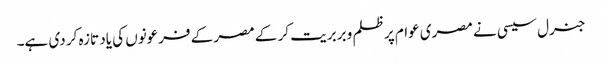
جنرل سیسی نے مصری عوام پر ظلم و بربریت کر کے مصر کے فرعونوں کی یاد تازہ کر دی ہے۔